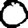
Digit: 0